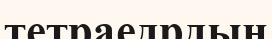
тетраедрдың